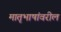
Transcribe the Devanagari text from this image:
मातृभाषांवरील